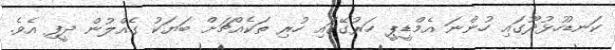
ކަނޑުހުޅުދޫގައި ހުންނަ އެމްޑީޕީ ހަރުގޭގައި ހުރި ތަކެއްޗަށް ބަޔަކު ގެއްލުން ދީފި އެވެ.